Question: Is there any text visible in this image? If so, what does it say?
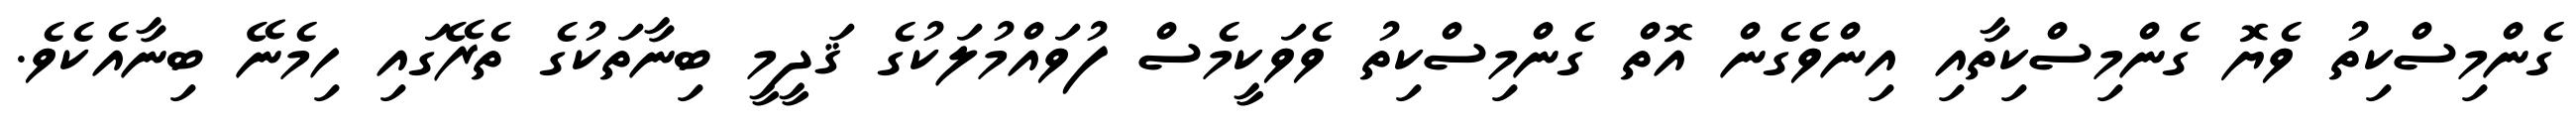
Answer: ގެންމިސްކިތު ވެޔޮ ގެންމިސްކިތާއި އިންވެގެން އޮތް ގެންމިސްކިތު ވެވަކީމެސް ފުވައްމުލަކުގެ ޤަދީމީ ބިނާތަކުގެ ތެރޭގައި ހިމެނޭ ބިނާއެކެވެ.